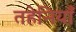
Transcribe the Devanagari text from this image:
तहेनियाँ